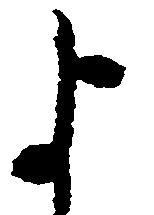
よ